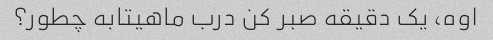
اوه، یک دقیقه صبر کن درب ماهیتابه چطور؟